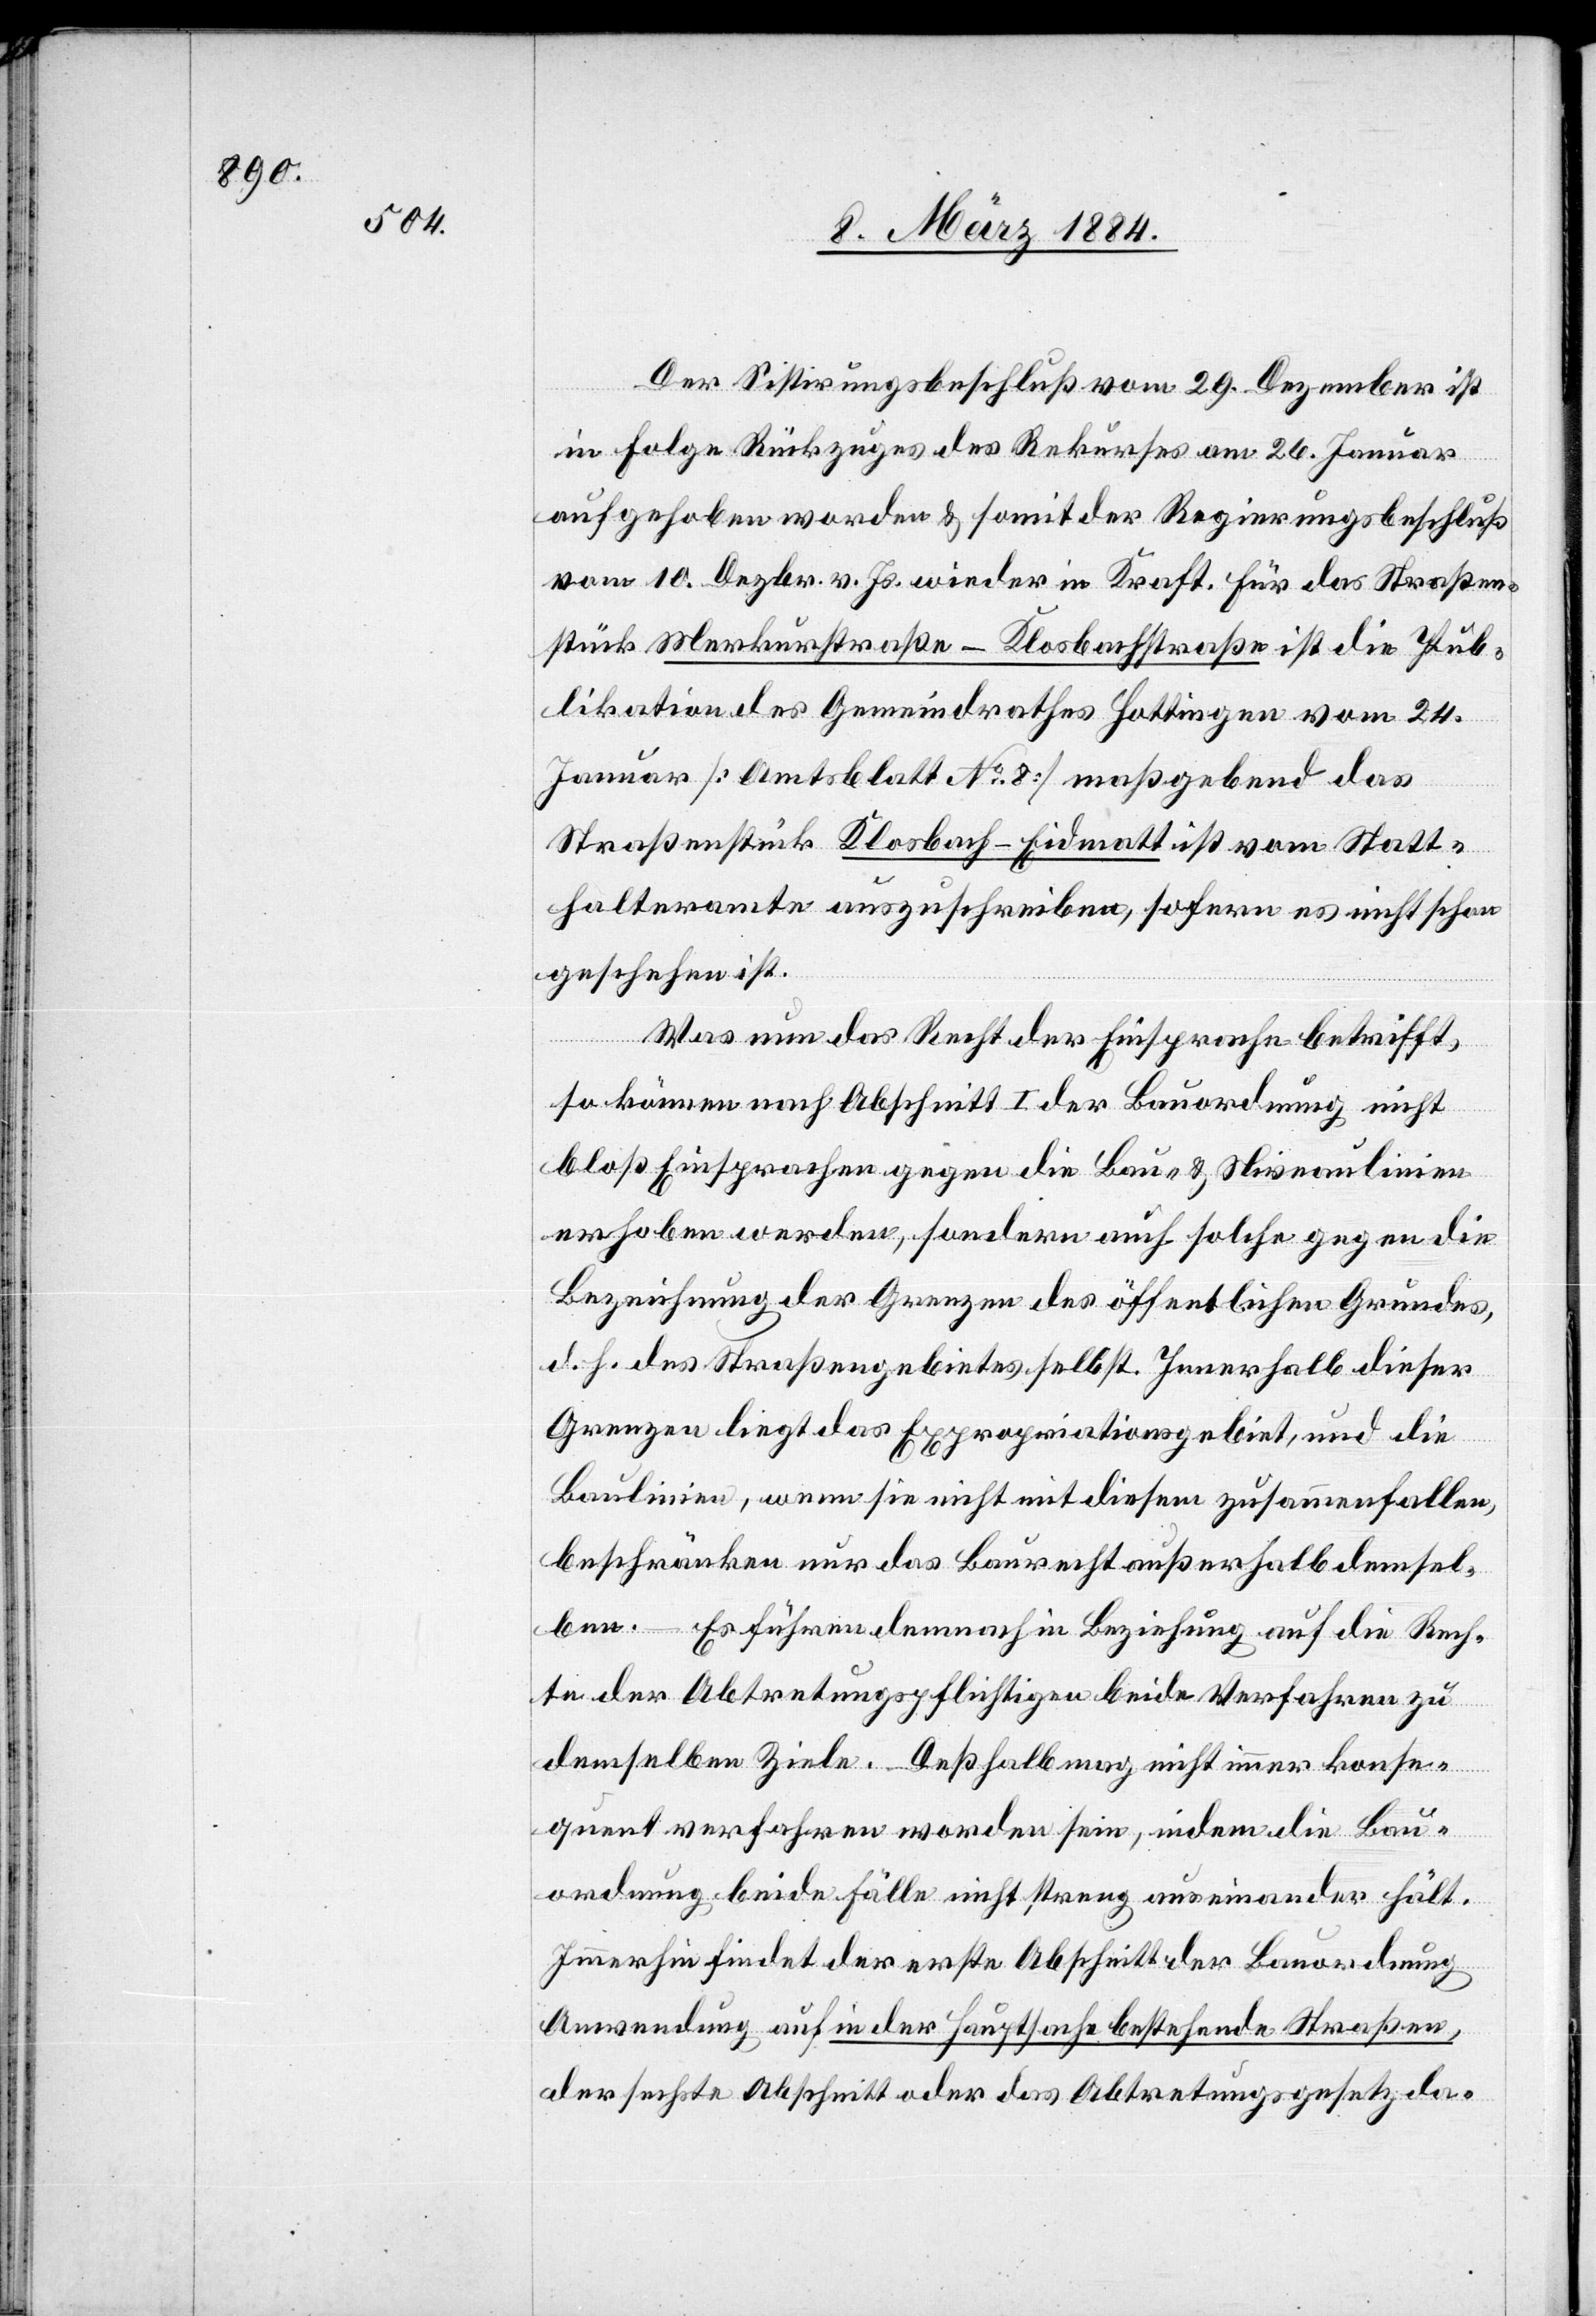
Der Sistierungsbeschluß vom 29. Dezember ist
in Folge Rückzuges der Rekurses am 26. Januar
aufgehoben worden & somit der Regierungsbeschluß
vom 10. Dezbr. v. Js. wieder in Kraft. Für das Straßen¬
stück Merkurstraße–Klosbachstraße ist die Pub¬
likation des Gemeindrathes Hottingen vom 24.
Januar [Amtsblatt No 8] maßgebend, das
Straßenstück Klosbach–Eidmatt ist vom Statt¬
halteramte auszuschreiben, sofern es nicht schon
geschehen ist.
Was nun das Recht der Einsprache betrifft,
so können nach Abschnitt I der Bauordnung nicht
bloß Einsprachen gegen die Bau- & Niveaulinien
erhoben werden, sondern auch solche gegen die
Bezeichnung der Grenzen des öffentlichen Grundes,
d. h. des Straßengebietes selbst. Innerhalb dieser
Grenzen liegt das Expropriationsgebiet, und die
Baulinien, wenn sie nicht mit diesem zusammenfallen,
beschränken nur das Baurecht außerhalb dessel¬
ben. – Es führen demnach in Beziehung auf die Rech¬
te der Abtretungspflichtigen beide Verfahren zu
demselben Ziele. Deßhalb mag nicht immer konse¬
quent verfahren worden sein, indem die Bau¬
ordnung beide Fälle nicht streng auseinander hält.
Immerhin findet der erste Abschnitt der Bauordnung
Anwendung auf in der Hauptsache bestehende Straßen,
der sechste Abschnitt oder das Abtretungsgesetz da-